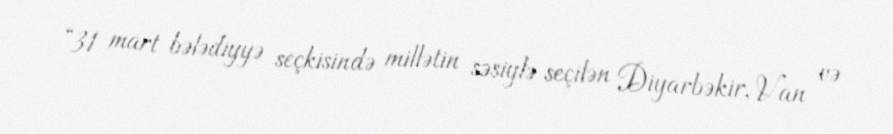
“31 mart bələdiyyə seçkisində millətin səsiylə seçilən Diyarbəkir, Van və